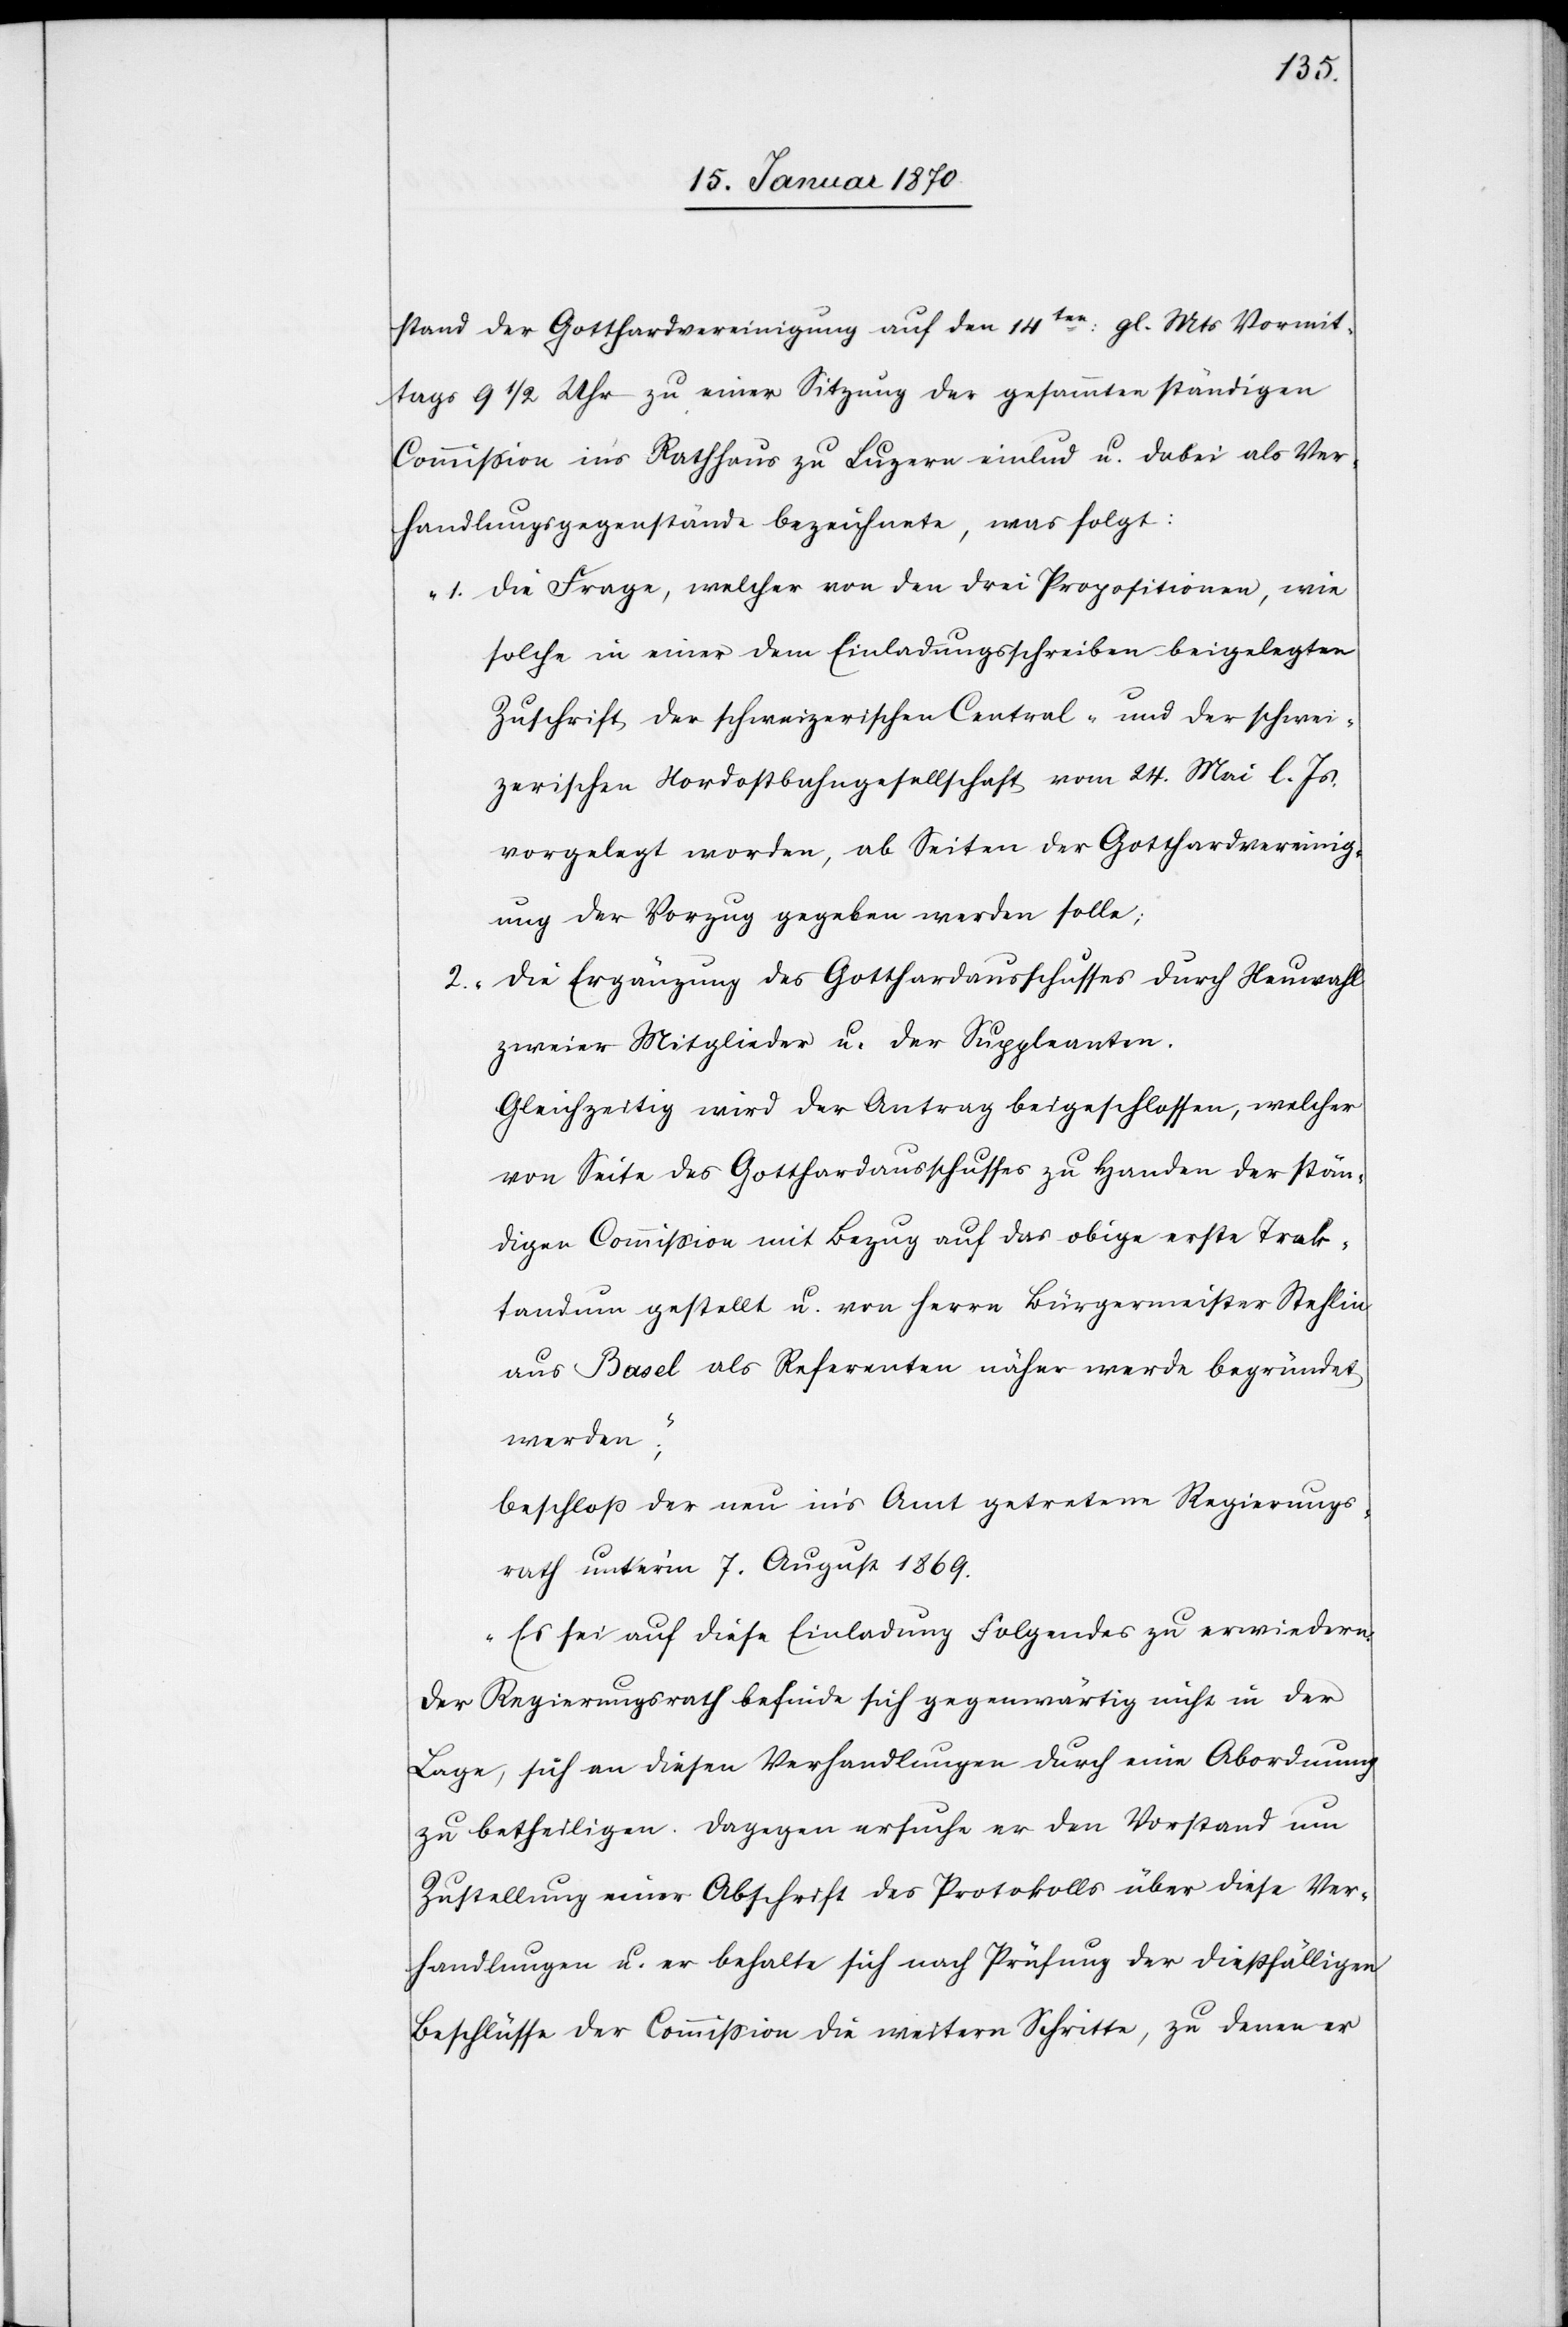
stand der Gotthardvereinigung auf den 14ten: gl. Mts Vormit¬
tags 9 1/2 Uhr zu einer Sitzung der gesammten ständigen
Commission ins Rathhaus zu Luzern einlud u. dabei als Ver¬
handlungsgegenstände bezeichnete, was folgt:
„1. Die Frage, welcher von den drei Propositionen, wie
solche in einer dem Einladungsschreiben beigelegten
Zuschrift der schweizerischen Central- und der schwei¬
zerischen Nordostbahngesellschaft vom 24. Mai l. Js.
vorgelegt worden, ab Seiten der Gotthardvereinig¬
ung der Vorzug gegeben werden solle;
Die Ergänzung des Gotthardausschusses durch Neuwahl
2.
zweier Mitglieder u. der Suppleanten.
Gleichzeitig wird der Antrag beigeschlossen, welcher
von Seite des Gotthardausschusses zu Handen der stän¬
digen Commission mit Bezug auf das obige erste Trak¬
tandum gestellt u. von Herrn Bürgermeister Stehlin
aus Basel als Referenten näher werde begründet
werden;“
beschloß der neu in‘s Amt getretene Regierungs¬
rath unter‘m 7. August 1869.
„Es sei auf diese Einladung Folgendes zu erwiedern:
Der Regierungsrath befinde sich gegenwärtig nicht in der
Lage, sich an diesen Verhandlungen durch eine Abordnung
zu betheiligen. Dagegen ersuche er den Vorstand um
Zustellung einer Abschrift des Protokolls über diese Ver¬
handlungen u. er behalte sich nach Prüfung der dießfälligen
Beschlüsse der Commission die weitern Schritte, zu denen er